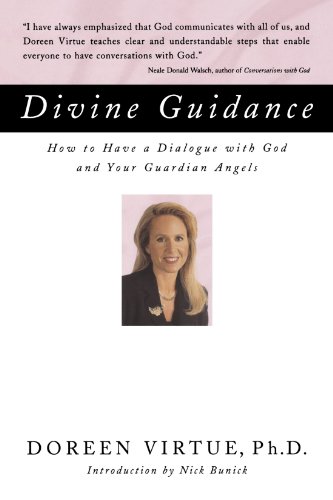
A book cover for Divine Guidance: How to Have a Dialogue with God and Your Guardian Angels; Doreen Virtue; Religion & Spirituality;